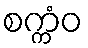
စက္ကံဝ